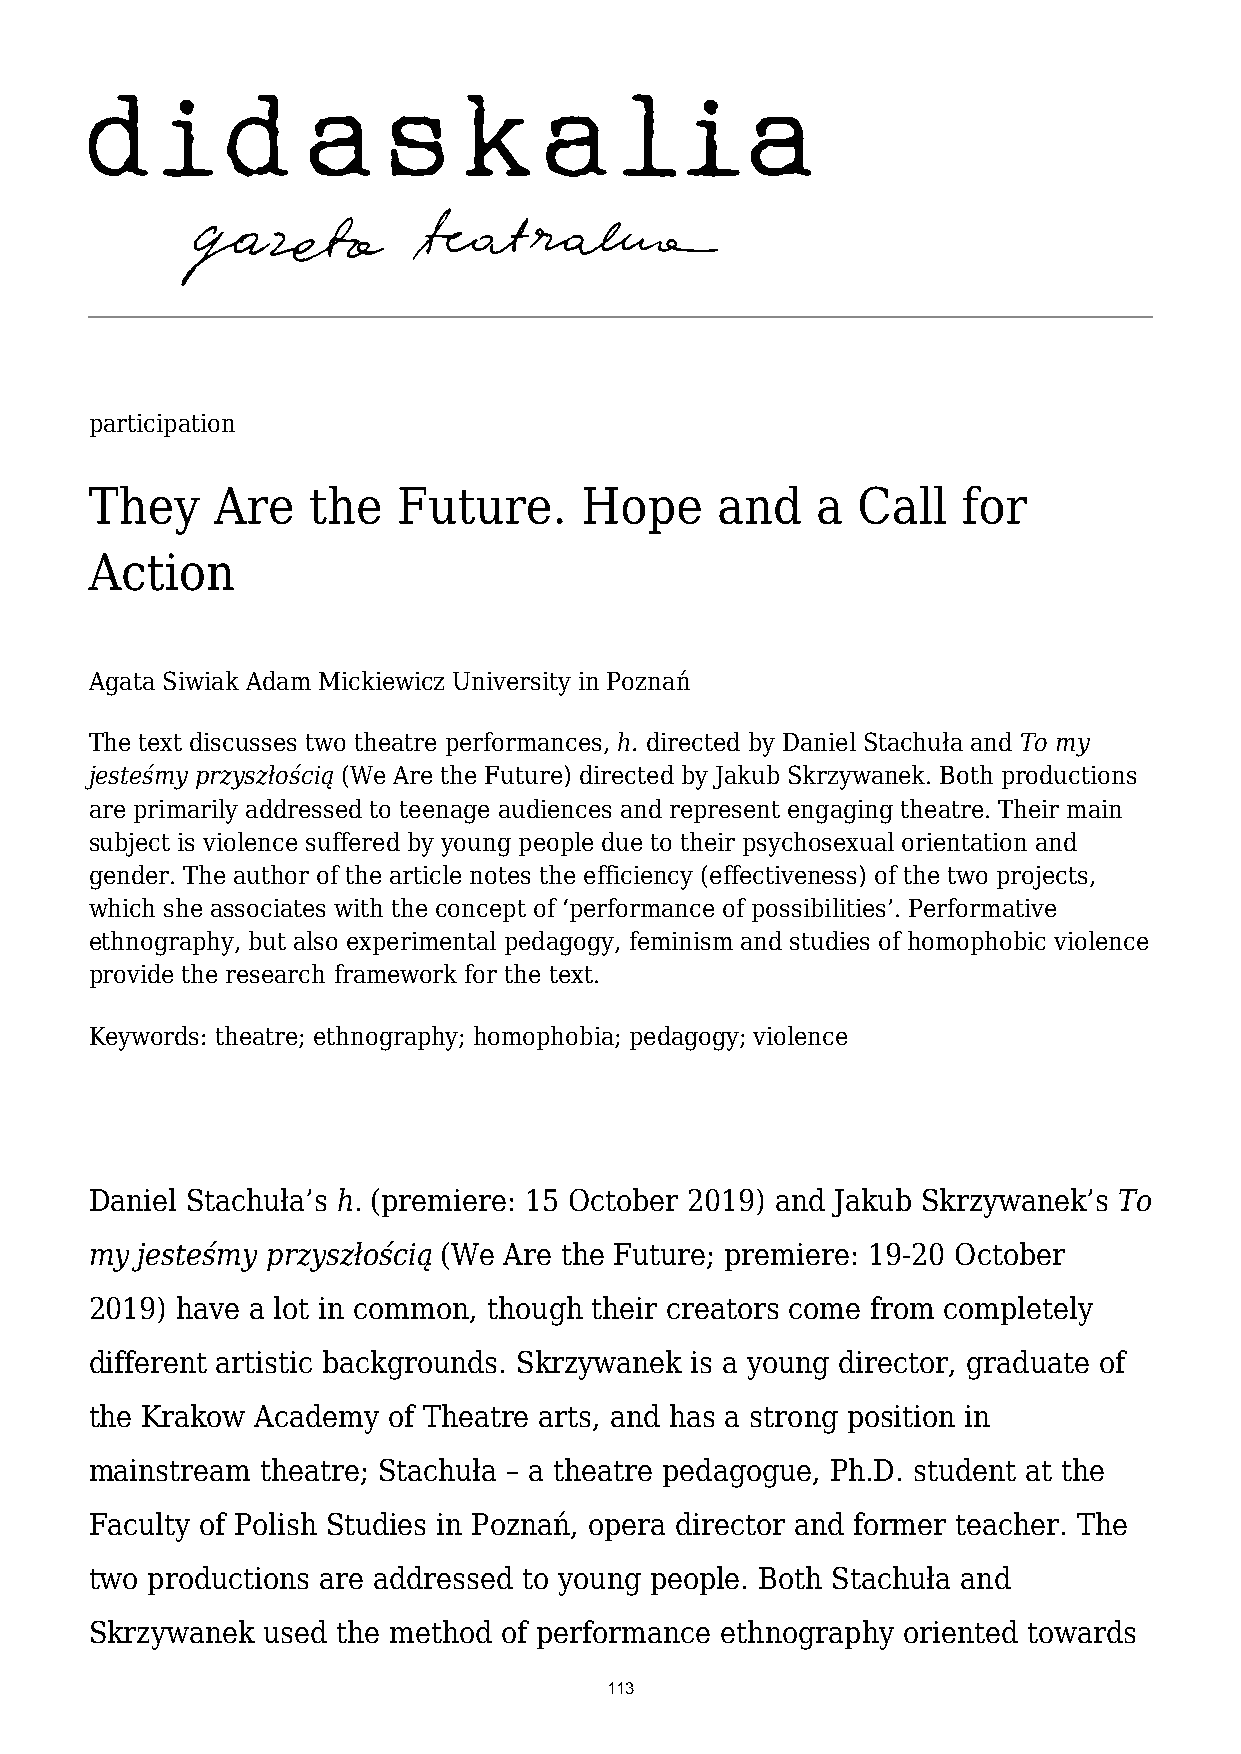
participation
 They    Are   the   Future.     Hope     and    a  Call   for
 Action
 Agata Siwiak Adam Mickiewicz University in Poznań
 The text discusses two theatre performances, h. directed by Daniel Stachuła and To my
 jesteśmy przyszłością (We Are the Future) directed by Jakub Skrzywanek. Both productions
 are primarily addressed to teenage audiences and represent engaging theatre. Their main
 subject is violence suffered by young people due to their psychosexual orientation and
 gender. The author of the article notes the efficiency (effectiveness) of the two projects,
 which she associates with the concept of ‘performance of possibilities’. Performative
 ethnography, but also experimental pedagogy, feminism and studies of homophobic violence
 provide the research framework for the text.
 Keywords: theatre; ethnography; homophobia; pedagogy; violence
 Daniel Stachuła’s h. (premiere: 15 October 2019) and Jakub Skrzywanek’s To
 my jesteśmy przyszłością (We Are the Future; premiere: 19-20 October
 2019) have a lot in common, though their creators come from completely
 different artistic backgrounds. Skrzywanek is a young director, graduate of
 the Krakow Academy  of Theatre arts, and has a strong position in
 mainstream theatre; Stachuła – a theatre pedagogue, Ph.D. student at the
 Faculty of Polish Studies in Poznań, opera director and former teacher. The
 two productions are addressed to young people. Both Stachuła and
 Skrzywanek used the method of performance ethnography oriented towards
 113